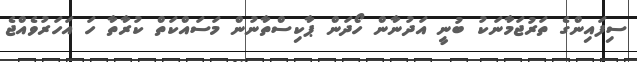
ސިފައިންގެ ތަރުޖަމާނަކު ބުނީ އަދުނާން ހޯދަން ޕާކިސްތާނުން މަސައްކަތް ކުރާތާ ހަ އަހަރުވެއްޖެ